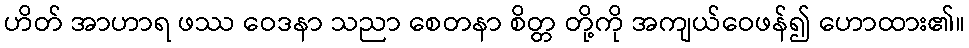
ဟိတ် အာဟာရ ဖဿ ဝေဒနာ သညာ စေတနာ စိတ္တ တို့ကို အကျယ်ဝေဖန်၍ ဟောထား၏။